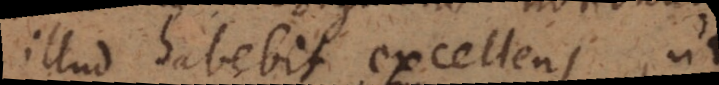
illud habebit excellens, ut